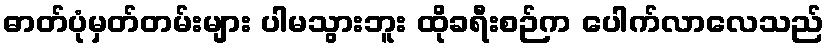
ဓာတ်ပုံမှတ်တမ်းများ ပါမသွားဘူး ထိုခရီးစဉ်က ပေါက်လာလေသည်